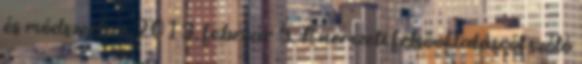
és módszertan 2013. február 5. A nemzeti felsőoktatásról szóló